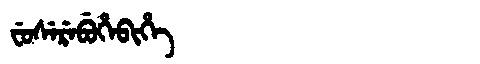
Manchu: ᠸᡠᠰᡝᡵᡝᠪᡠᡥᡝᠪᡳᡥᡝ
Romanization: FUSEREBUHEBIHE